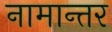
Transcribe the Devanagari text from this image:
नामान्तर